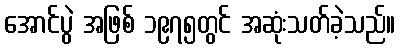
အောင်ပွဲ အဖြစ် ၁၉၇၅တွင် အဆုံးသတ်ခဲ့သည်။